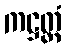
ကဋ္ဌတ္ထံ